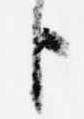
臣